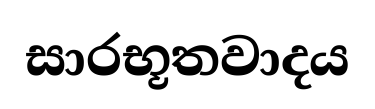
සාරභූතවාදය